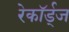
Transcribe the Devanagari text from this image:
रेकॉर्ड्‌ज